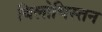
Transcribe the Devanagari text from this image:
बिलोचिस्तन